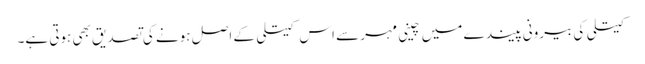
کیتلی کی بیرونی پیندے میں چینی مہر سے اس کیتلی کے اصل ہونے کی تصدیق بھی ہوتی ہے۔